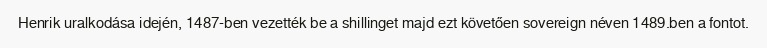
Henrik uralkodása idején, 1487-ben vezették be a shillinget majd ezt követően sovereign néven 1489.ben a fontot.